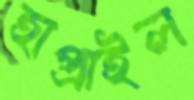
হাপ্‌রাইল